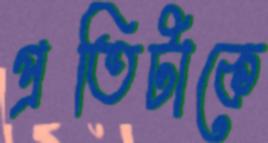
প্রতিটাকে